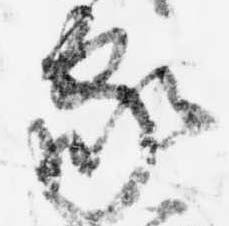
家